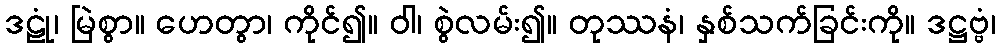
ဒဠုံ၊ မြဲစွာ။ ဟေတွာ၊ ကိုင်၍။ ဝါ၊ စွဲလမ်း၍။ တုဿနံ၊ နှစ်သက်ခြင်းကို။ ဒဋ္ဌဗ္ဗံ၊